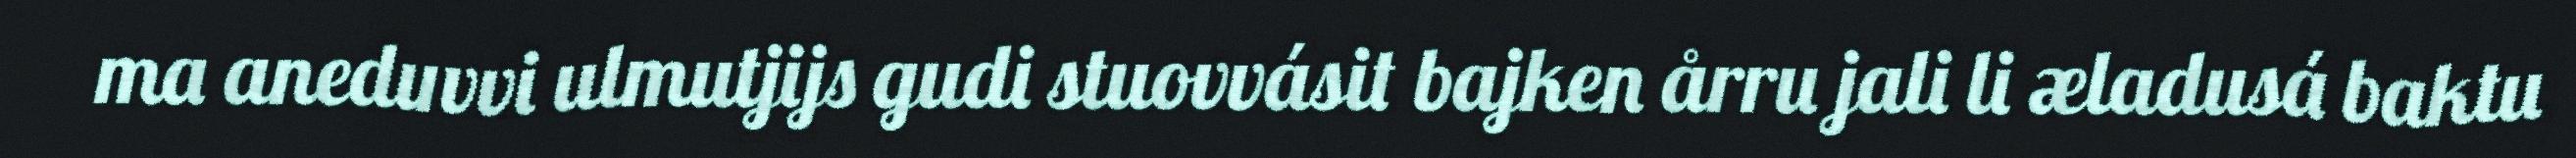
ma aneduvvi ulmutjijs gudi stuovvásit bajken årru jali li æladusá baktu